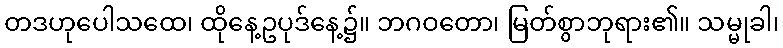
တဒဟုပေါသထေ၊ ထိုနေ့ဥပုဒ်နေ့၌။ ဘဂဝတော၊ မြတ်စွာဘုရား၏။ သမ္မုခါ၊